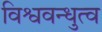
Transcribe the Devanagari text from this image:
विश्ववन्धुत्व